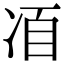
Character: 𠗍